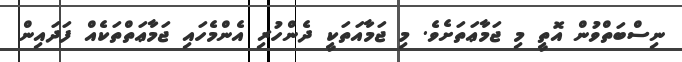
ނިސްބަތްވުން އޮތީ މި ޖަމާޢަތަށެވެ. މި ޖަމާއަތަކީ ދެންހުރި އެންމެހައި ޖަމާޢަތްތަކެއް ފަދައިން